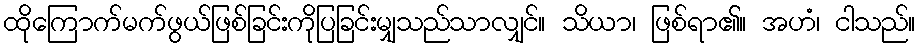
ထိုကြောက်မက်ဖွယ်ဖြစ်ခြင်းကိုပြခြင်းမျှသည်သာလျှင်။ သိယာ၊ ဖြစ်ရာ၏။ အဟံ၊ ငါသည်။